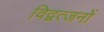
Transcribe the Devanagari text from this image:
विद्वत्जनों